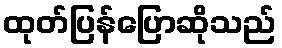
ထုတ်ပြန်ပြောဆိုသည်